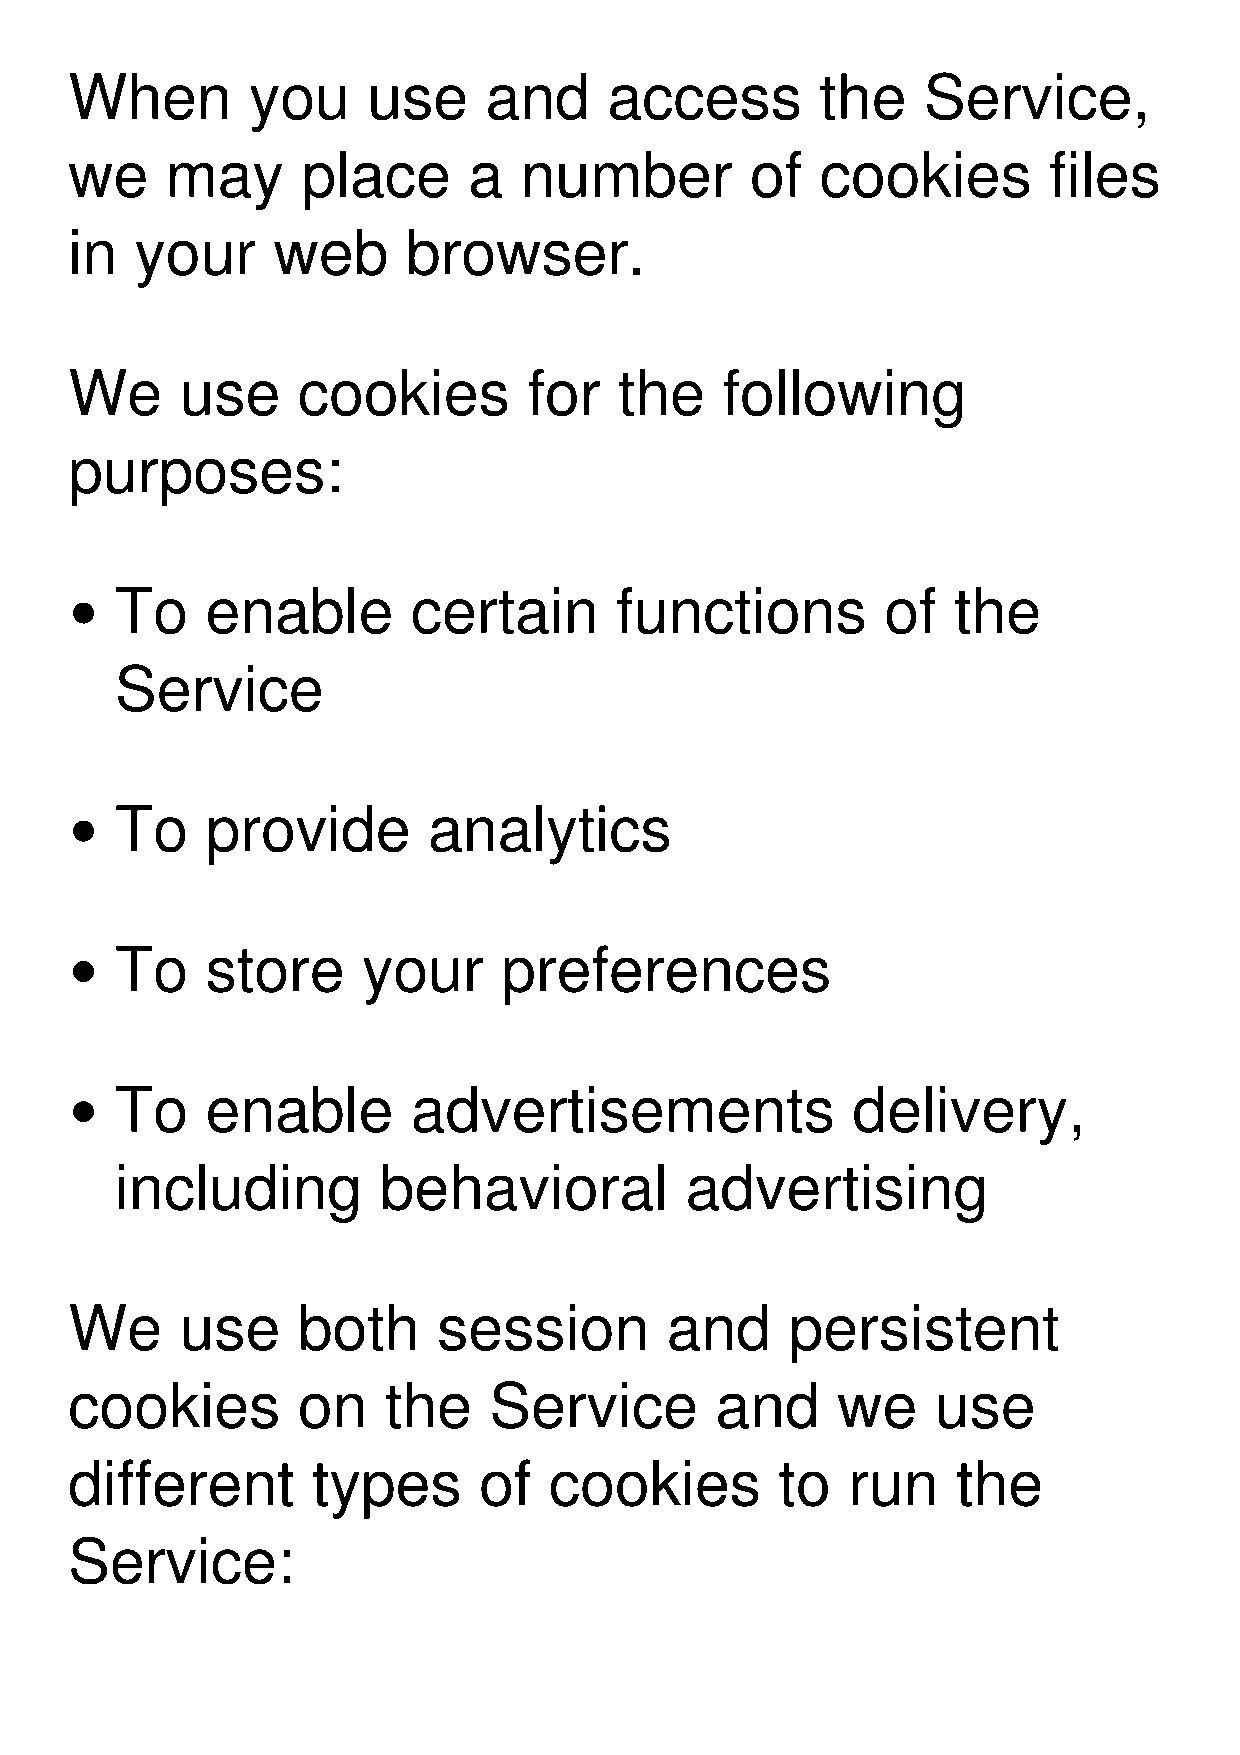
When       you     use     and     access        the    Service,
 we    may      place      a  number          of  cookies        files
 in  your     web      browser.
 We     use     cookies        for   the    following
 purposes:
 To    enable       certain       functions         of  the
 Service
 To    provide       analytics
 To    store     your     preferences
 To    enable       advertisements               delivery,
 including        behavioral          advertising
 We     use     both     session        and     persistent
 cookies        on   the    Service        and     we     use
 different       types      of  cookies         to  run    the
 Service: